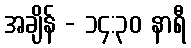
အချိန် - ၁၄:၃၀ နာရီ